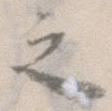
之